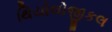
થિયોલોજીકલ